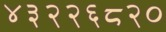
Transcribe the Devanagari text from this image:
४३२२६८२०